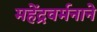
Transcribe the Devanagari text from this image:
महेंद्रवर्मनाने